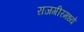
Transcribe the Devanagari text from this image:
राजगीरमध्ये